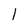
Character: l